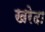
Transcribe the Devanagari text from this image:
खरेदा